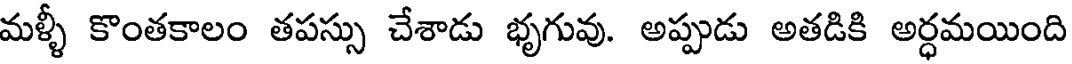
మళ్ళీ కొంతకాలం తపస్సు చేశాడు భృగువు. అప్పుడు అతడికి అర్ధమయింది